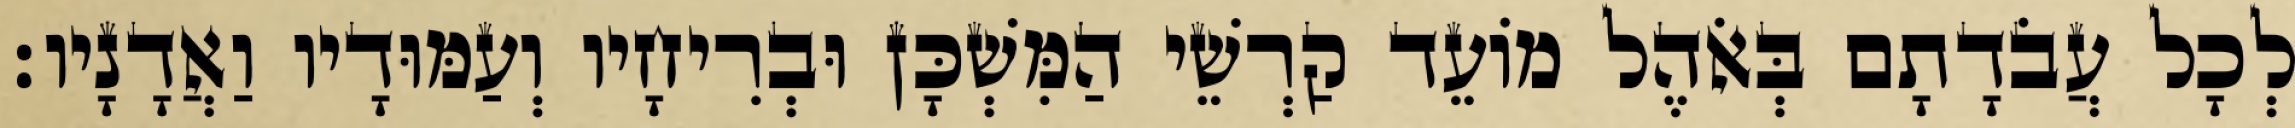
לְכָל עֲבֹדָתָם בְּאֹהֶל מוֹעֵד קַרְשֵׁי הַמִּשְׁכָּן וּבְרִיחָיו וְעַמּוּדָיו וַאֲדָנָיו׃